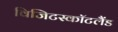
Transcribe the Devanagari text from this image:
विजिटस्कॉटलैंड